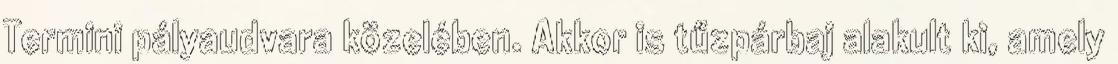
Termini pályaudvara közelében. Akkor is tűzpárbaj alakult ki, amely